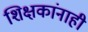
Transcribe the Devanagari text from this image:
शिक्षकांनाही